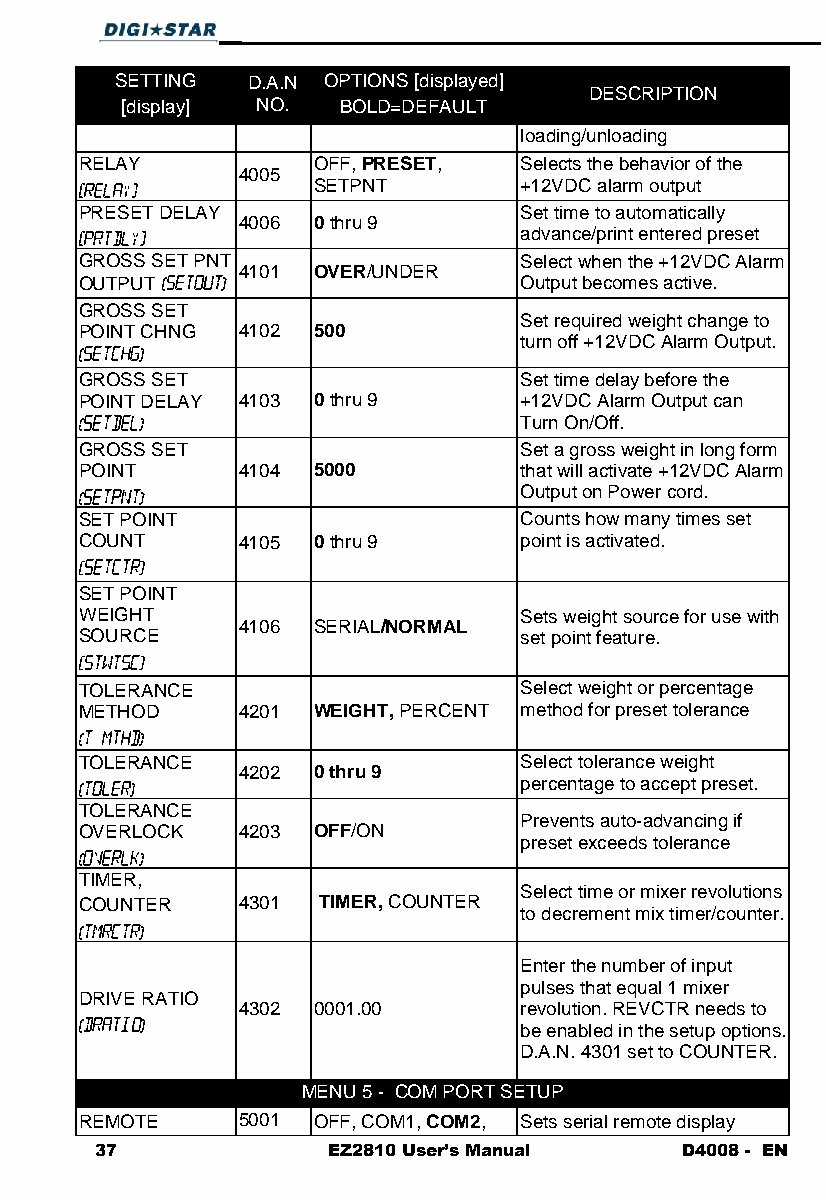
SETTING D.A.N OPTIONS [displayed]
 DESCRIPTION
 [display] NO. BOLD=DEFAULT
 loading/unloading
 RELAY           OFF, PRESET, Selects the behavior of the
 4005
 SETPNT       +12VDC alarm output
 PRESET DELAY                 Set time to automatically
 4006 0 thru 9
 advance/print entered preset
 GROSS SET PNT                Select when the +12VDC Alarm
 4101 OVER/UNDER
 OUTPUT                       Output becomes active.
 GROSS SET
 Set required weight change to
 POINT CHNG 4102 500
 turn off +12VDC Alarm Output.
 GROSS SET                    Set time delay before the
 POINT DELAY 4103 0 thru 9    +12VDC Alarm Output can
 Turn On/Off.
 GROSS SET                    Set a gross weight in long form
 POINT      4104 5000         that will activate +12VDC Alarm
 Output on Power cord.
 SET POINT                    Counts how many times set
 COUNT      4105 0 thru 9     point is activated.
 SET POINT
 WEIGHT                       Sets weight source for use with
 4106 SERIAL/NORMAL
 SOURCE                       set point feature.
 TOLERANCE                    Select weight or percentage
 METHOD     4201 WEIGHT, PERCENT method for preset tolerance
 TOLERANCE                    Select tolerance weight
 4202 0 thru 9
 percentage to accept preset.
 TOLERANCE
 Prevents auto-advancing if
 OVERLOCK   4203 OFF/ON
 preset exceeds tolerance
 TIMER,
 Select time or mixer revolutions
 COUNTER    4301 TIMER, COUNTER
 to decrement mix timer/counter.
 Enter the number of input
 pulses that equal 1 mixer
 DRIVE RATIO
 4302 0001.00      revolution. REVCTR needs to
 be enabled in the setup options.
 D.A.N. 4301 set to COUNTER.
 MENU 5 - COM PORT SETUP
 REMOTE     5001 OFF, COM1, COM2, Sets serial remote display
 37              EZ2810 User’s Manual   D4008 - EN